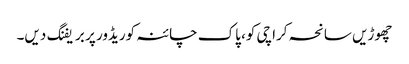
چھوڑیں سانحہ کراچی کو، پاک چائنہ کوریڈور پر بریفنگ دیں۔